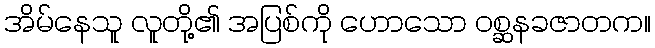
အိမ်နေသူ လူတို့၏ အပြစ်ကို ဟောသော ဝစ္ဆနခဇာတက။